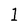
Character: 1